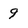
Character: 9